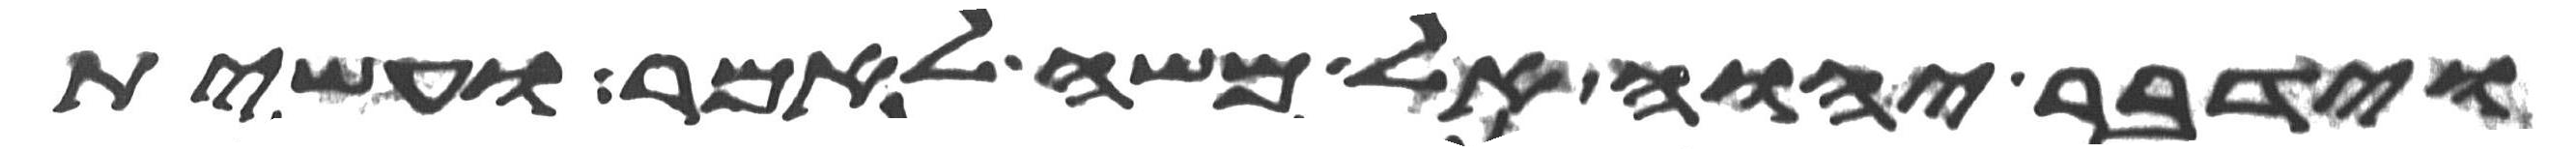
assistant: וידבר יהוה אל משה לאמר ועשית